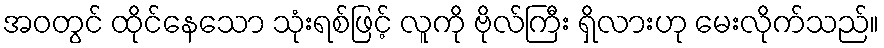
အဝတွင် ထိုင်နေသော သုံးရစ်ဖြင့် လူကို ဗိုလ်ကြီး ရှိလားဟု မေးလိုက်သည်။